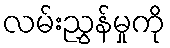
လမ်းညွှန်မှုကို